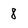
Character: 8